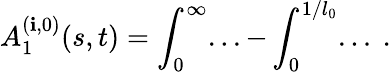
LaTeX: A_{1}^{(\mathbf{i},0)}(s,t)=\int_{0}^{\infty}...-\int_{0}^{1/l_{0}}...\ .